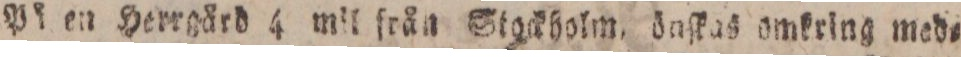
På en Herrgård 4 mil från Stackholm. öaſkas omkring med=